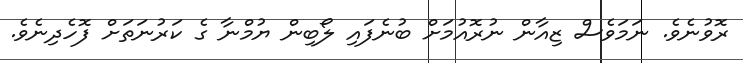
ރޮވުނެވެ. ނަމަވެސް ޒިއާން ނުރޮއުމަށް ބުނެފައި ލޯބިން ޔުމްނާ ގެ ކަރުނަތަށް ފޮހެދިނެވެ.